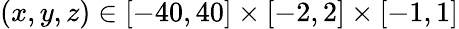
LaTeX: (x,y,z)\in[-40,40]\times[-2,2]\times[-1,1]